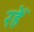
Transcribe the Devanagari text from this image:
रहेँ